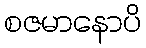
စဇမာနောပိ